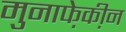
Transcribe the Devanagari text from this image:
मुनाफे़की़न